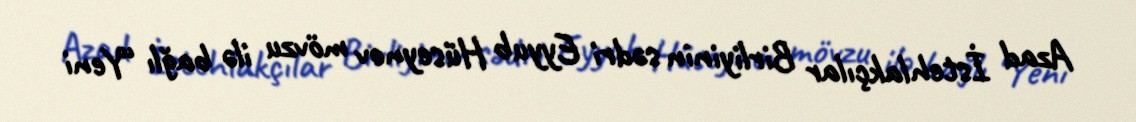
Azad İstehlakçılar Birliyinin sədri Eyyub Hüseynov mövzu ilə bağlı “Yeni